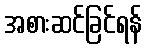
အစားဆင်ခြင်ရန်